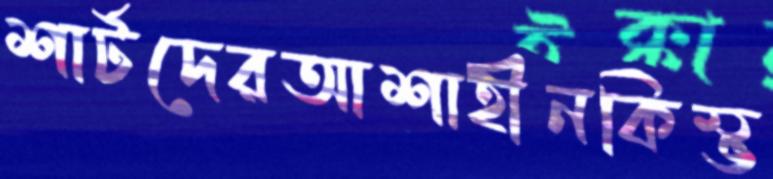
শার্টদেরআশাহীনকিম্ভ